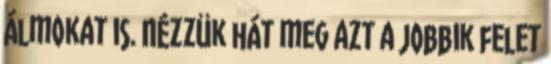
álmokat is. Nézzük hát meg azt a jobbik felet